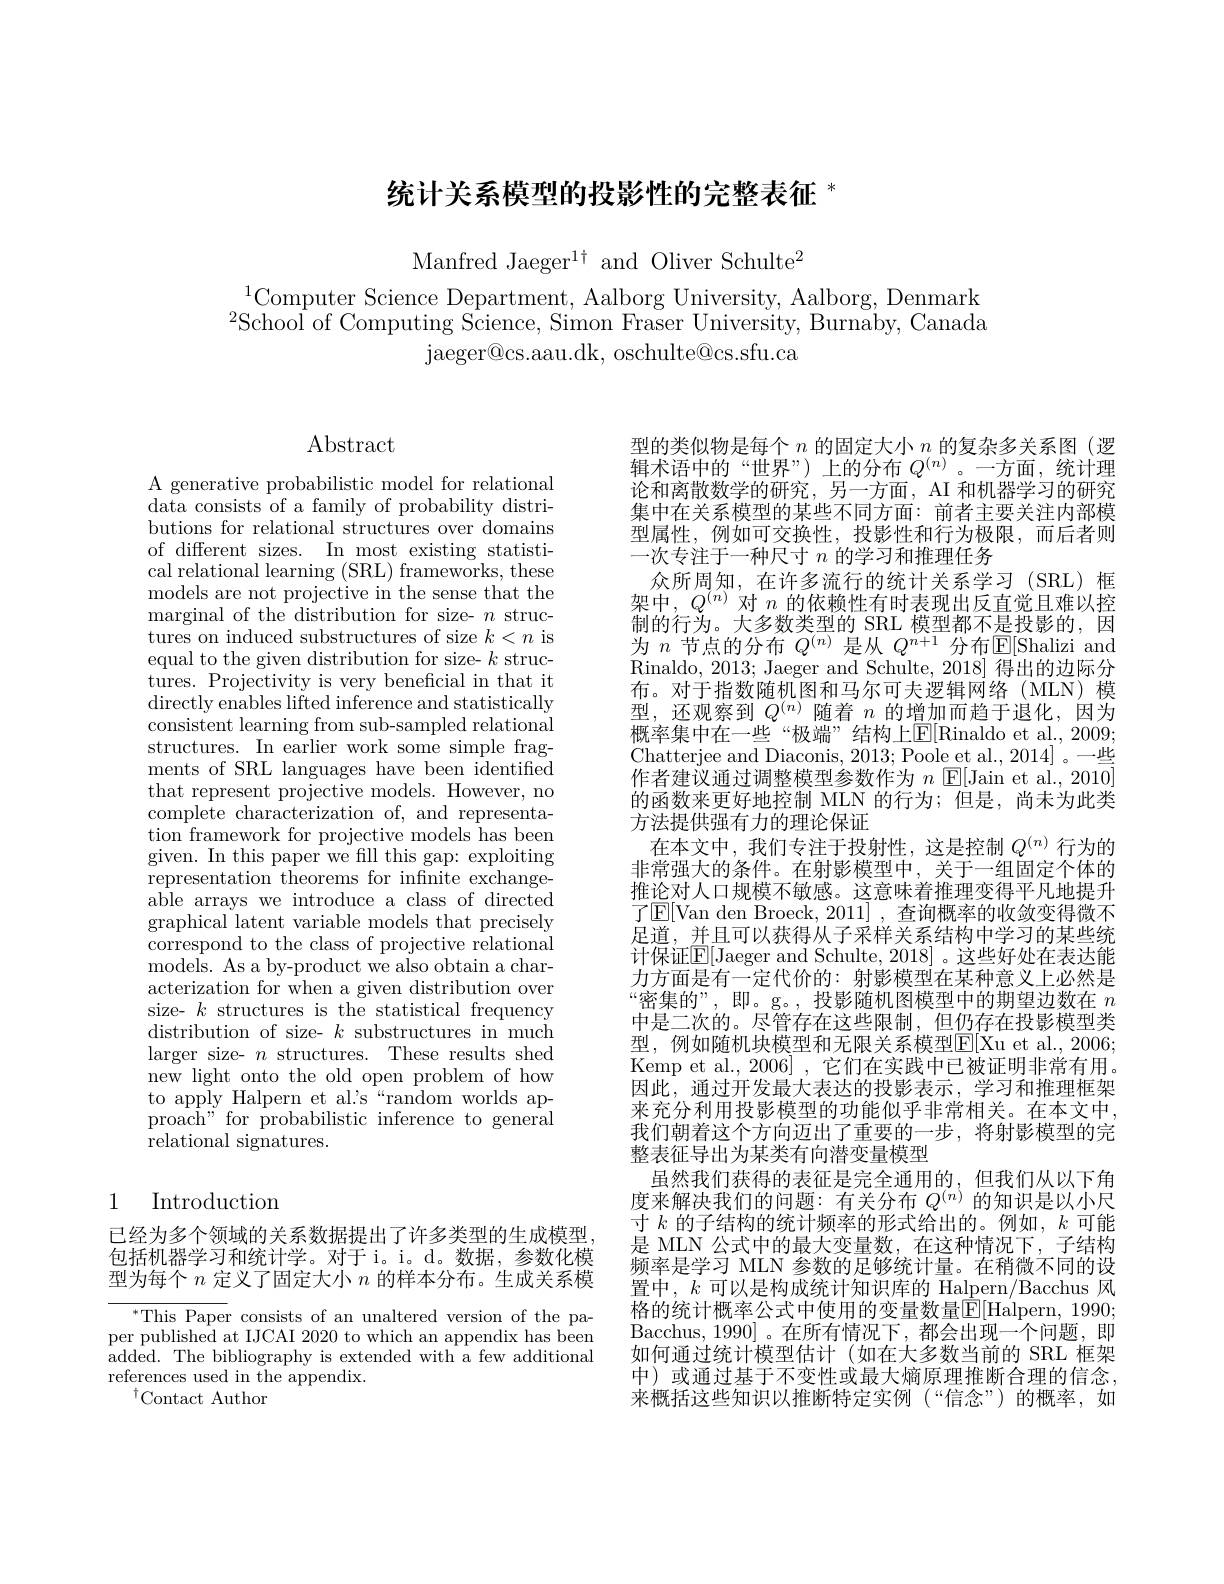
# 统计关系模型的投影性的完整表征$^{*}$

Manfred Jaeger$^1\dagger$ and Oliver Schulte$^2$

$^{1}$Computer Science Department, Aalborg University, Aalborg, Denmark $^{2}$School of Computing Science, Simon Fraser University, Burnaby, Canada
jaeger@ cs. aau. dk, oschulte@ cs. sfu. ca

$\operatorname{Abstract}$

A generative probabilistic model for relational data consists of a family of probability distributions for relational structures over domains of different sizes. In most existing statistical relational learning (SRL) frameworks, these models are not projective in the sense that the marginal of the distribution for size- $n$ struc- $\bar{\text{tures on induced substructures of size }k<n}$is equal to the given distribution for size- $k$ structures. Projectivity is very beneficial in that it directly enables lifted inference and statistically consistent learning from sub-sampled relational structures. In earlier work some simple fragments of SRL languages have been identified that represent projective models. However, no complete characterization of, and representation framework for projective models has been given. In this paper we fill this gap: exploiting representation theorems for infinite exchangeable arrays we introduce a class of directed graphical latent variable models that precisely correspond to the class of projective relational models. As a by-product we also obtain a characterization for when a given distribution over size- $k$ structures is the statistical frequency distribution of size- $k$ substructures in much larger size- $n$ structures. These results shed new light onto the old open problem of how to apply Halpern et al.'s“random worlds approach" for probabilistic inference to general relational signatures.

## 1 Introduction

已经为多个领域的关系数据提出了许多类型的生成模型， 包括机器学习和统计学。对于 i。i。d。数据，参数化模型为每个$n$定义了固定大小$n$的样本分布。生成关系模

$^{*}$This Paper consists of an unaltered version of the paper published at IJCAI 2020 to which an appendix has been added. The bibliography is extended with a few additional references used in the appendix.
$^{\dagger}$Contact Author

型的类似物是每个$n$的固定大小$n$的复杂多关系图(逻辑术语中的“世界”)上的分布$Q^{(n)}$。一方面，统计理论和离散数学的研究，另一方面，AI 和机器学习的研究集中在关系模型的某些不同方面：前者主要关注内部模型属性，例如可交换性，投影性和行为极限，而后者则一次专注于一种尺寸$n$的学习和推理任务
众所周知，在许多流行的统计关系学习(SRL)框架中，$Q^{(n)}$对$n$的依赖性有时表现出反直觉且难以控制的行为。大多数类型的 SRL 模型都不是投影的，因为$n$节点的分布$Q^(n)$是从$Q^n+1$分布$\mathbb{E}[$Shalizi and Rinaldo, 2013; Jaeger and Schulte, 2018] 得出的边际分布。对于指数随机图和马尔可夫逻辑网络(MLN)模型，还观察到$Q^{(n)}$随着$n$的增加而趋于退化，因为概率集中在一些“极端”结构上$\mathbb{E}[$Rinaldo et al.,2009; Chatterjee and Diaconis, 2013; Poole et al., 2014]。一些作者建议通过调整模型参数作为$n$ $\mathbb{E}[$Jain et al., 2010] 的函数来更好地控制 MLN 的行为；但是，尚未为此类方法提供强有力的理论保证
在本文中，我们专注于投射性，这是控制$Q^{(n)}$行为的非常强大的条件。在射影模型中，关于一组固定个体的推论对人口规模不敏感。这意味着推理变得平凡地提升了$\mathbb{E}[$Van den Broeck, 2011] , 查询概率的收敛变得微不足道，并且可以获得从子采样关系结构中学习的某些统计保证$\mathbb{E}[$Jaeger and Schulte, 2018]。这些好处在表达能力方面是有一定代价的：射影模型在某种意义上必然是“密集的”,即。g。,投影随机图模型中的期望边数在$n$ 中是二次的。尽管存在这些限制，但仍存在投影模型类型，例如随机块模型和无限关系模型$\mathbb{E}[$Xu et al., 2006; Kemp et al., 2006] , 它们在实践中已被证明非常有用。因此，通过开发最大表达的投影表示，学习和推理框架来充分利用投影模型的功能似乎非常相关。在本文中， 我们朝着这个方向迈出了重要的一步，将射影模型的完整表征导出为某类有向潜变量模型
虽然我们获得的表征是完全通用的，但我们从以下角度来解决我们的问题：有关分布$Q^{(n)}$的知识是以小尺寸 $k$ 的子结构的统计频率的形式给出的。例如，$k$可能是 MLN 公式中的最大变量数，在这种情况下，子结构频率是学习 MLN 参数的足够统计量。在稍微不同的设置中，$k$可以是构成统计知识库的 Halpern/Bacchus 风格的统计概率公式中使用的变量数量$\mathbb{E}[$Halpern, 1990; Bacchus, 1990]。在所有情况下，都会出现一个问题，即如何通过统计模型估计(如在大多数当前的 SRL 框架中) 或通过基于不变性或最大熵原理推断合理的信念， 来概括这些知识以推断特定实例(“信念”)的概率，如